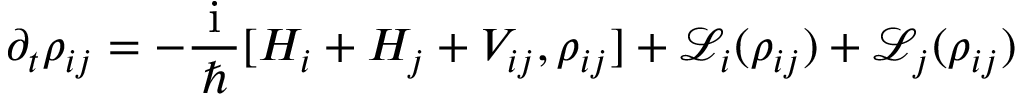
\partial _ { t } { \rho } _ { i j } = - \frac { \mathrm { ~ i ~ } } { \hbar } [ { H } _ { i } + { H } _ { j } + { V } _ { i j } , { \rho } _ { i j } ] + \mathcal { L } _ { i } ( { \rho } _ { i j } ) + \mathcal { L } _ { j } ( { \rho } _ { i j } )